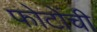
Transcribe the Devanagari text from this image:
फोटोंची